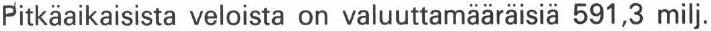
Pitkäaikaisista veloista on valuuttamääräisiä 591,3 milj.